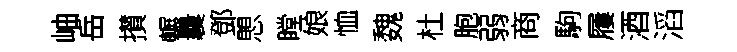
岫岳攅輾曩鄧愳瞠娘恤魏杜胞弱商駒屨酒滔